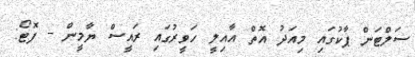
ސަލްޓަން ޕާކުގައި މިއަދު އޮތް އާއިލީ ހަވީރުގައި ރައީސް ޔާމީން - ފޮޓޯޯ: